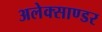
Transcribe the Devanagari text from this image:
अलेक्साण्डर